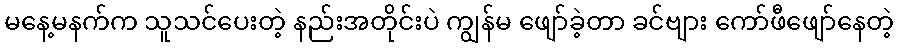
မနေ့မနက်က သူသင်ပေးတဲ့ နည်းအတိုင်းပဲ ကျွန်မ ဖျော်ခဲ့တာ ခင်ဗျား ကော်ဖီဖျော်နေတဲ့